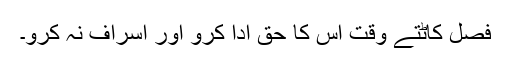
فصل کاٹتے وقت اس کا حق ادا کرو اور اسراف نہ کرو۔